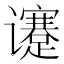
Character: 𬤯